Vaccination in Burma 1889-1999 - 1889-1999
Year: 1889
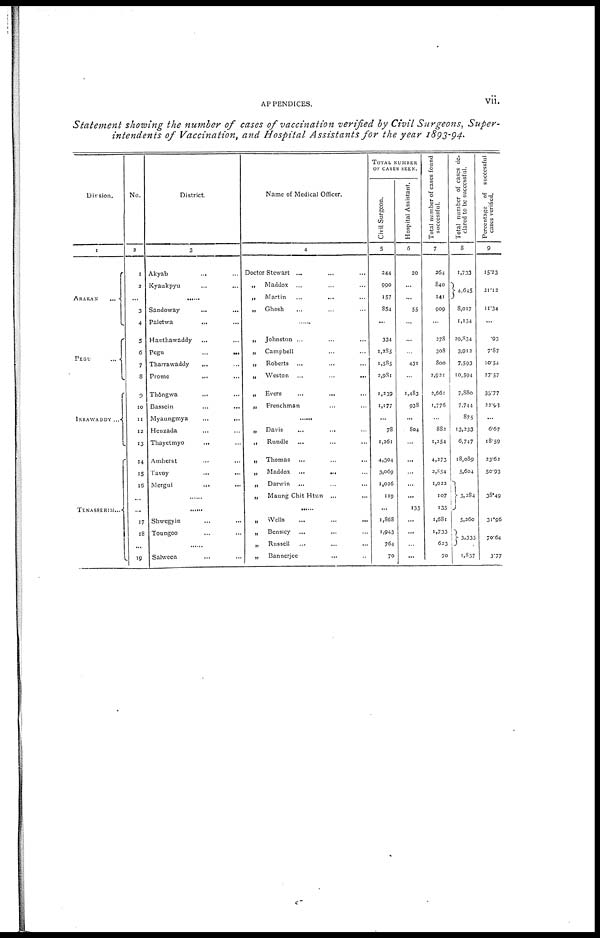
APPENDICES.
vii.
Statement showing the number of cases of vaccination verified by Civil Surgeons, Super-
intendents of Vaccination, and Hospital Assistants for the year 1893-94.
Divsion.
1
ARAKAN. . .
PEGU...
IRRAWADDY...
TENASSERIM...
No.
2
1
2
...
3
4
5
6
7
8
9
10
11
12
13
14
15
16
...
...
17
18
...
19
District
3
Akyab...
...
...
Kyaukpyu... ... ...
......
Sandoway ... ... ...
Paletwa... ... ...
Hanthawaddy... ... ...
Pegu...
...
...
Tharrawaddy... ... ...
Prome ... ... ...
Thôngwa... ... ...
Bassein... ... ...
Myaungmya...
...
...
Henzada... ... ...
Thayetmyo... ... ...
Amherst... ... ...
Tavoy
...
...
...
Mergui
...
...
...
...
...
Shwegyin... ...
Toungoo... ...
...
Salween... ... ...
Name of Medical Officer.
4
Doctor Stewart ... ... ...
„ Maddox ... ... ...
„ Martin
...
...
...
„ Ghosh ... ... ...
......
„ Johnston ...
...
...
„ Campbell ... ... ...
„ Roberts ... ... ...
„ Weston
...
...
...
„ Evers ... ... ...
„ Frenchman ... ... ...
......
„ Davis
...
...
...
„
Rundle ... ... ...
„ Thomas ... ... ...
„ Maddox ... ... ...
„ Darwin ... ...
„
Maung Chit Htun
...
...
...
„ Wells ... ... ...
„ Bensicy ... ... ...
„ Russell ... ... ...
„ Bannerjee ... ... ...
TOTAL NUMBER
OF CASES SEEN.
Civil Surgeon.
5
244
990
157
854
...
334
1,285
1,585
2,981
1,239
1,177
...
78
1,261
4,304
3,069
1,026
119
...
1,868
1,943
764
70
Hospital Assistant.
6
20
...
...
55
...
...
...
431
...
1,483
938
...
804
...
...
...
...
...
135
...
...
...
...
Total number of cases found
successful.
7
264
840
141
909
...
278
308
800
2,921
2,661
1,776
...
882
1,254
4,273
2,854
1,022
107
135
1,681
1,733
623
70
Total number of cases de-
clared to be successful.
8
1,733
4,645
8,017
1,134
29,834
3,912
7,593
10,594
7,880
7,744
875
13,233
6,747
18,089
5,604
3,284
5,260
3,335
1,857
Percentage of successful
cases verified.
9
15.23
21.12
11.34
......
.93
7.87
10.54
27.57
33.77
22.93
...
6.67
18.59
23.62
50.93
38.49
31.96
70.64
3.77